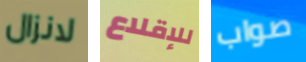
لانزال للإقلاع صواب